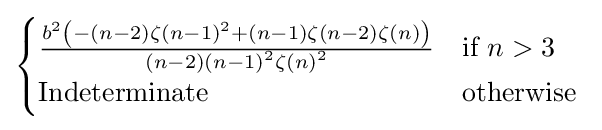
{\begin{cases}{\frac {b^{2}\left(-(n-2){\zeta (n-1)}^{2}+(n-1)\zeta (n-2)\zeta (n)\right)}{(n-2){(n-1)}^{2}{\zeta (n)}^{2}}}&{\text{if}}\ n>3\\{\text{Indeterminate}}&{\text{otherwise}}\ \end{cases}}